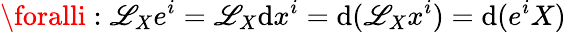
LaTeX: \foralli:\mathscr{L}_{X}e^{i}=\mathscr{L}_{X}\mathrm{{d}}x^{i}=\mathrm{{d}}(\mathscr{L}_{X}x^{i})=\mathrm{{d}}(e^{i}X)